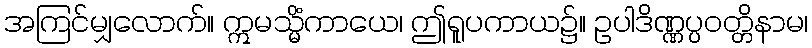
အကြင်မျှလောက်။ ဣမသ္မိံကာယေ၊ ဤရူပကာယ၌။ ဥပါဒိဏ္ဏပ္ပဝတ္တိနာမ၊